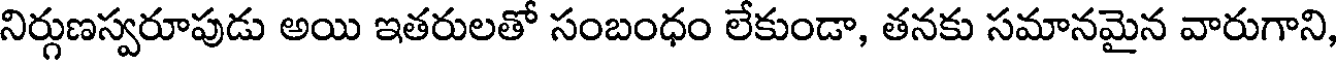
నిర్గుణస్వరూపుడు అయి ఇతరులతో సంబంధం లేకుండా, తనకు సమానమైన వారుగాని,